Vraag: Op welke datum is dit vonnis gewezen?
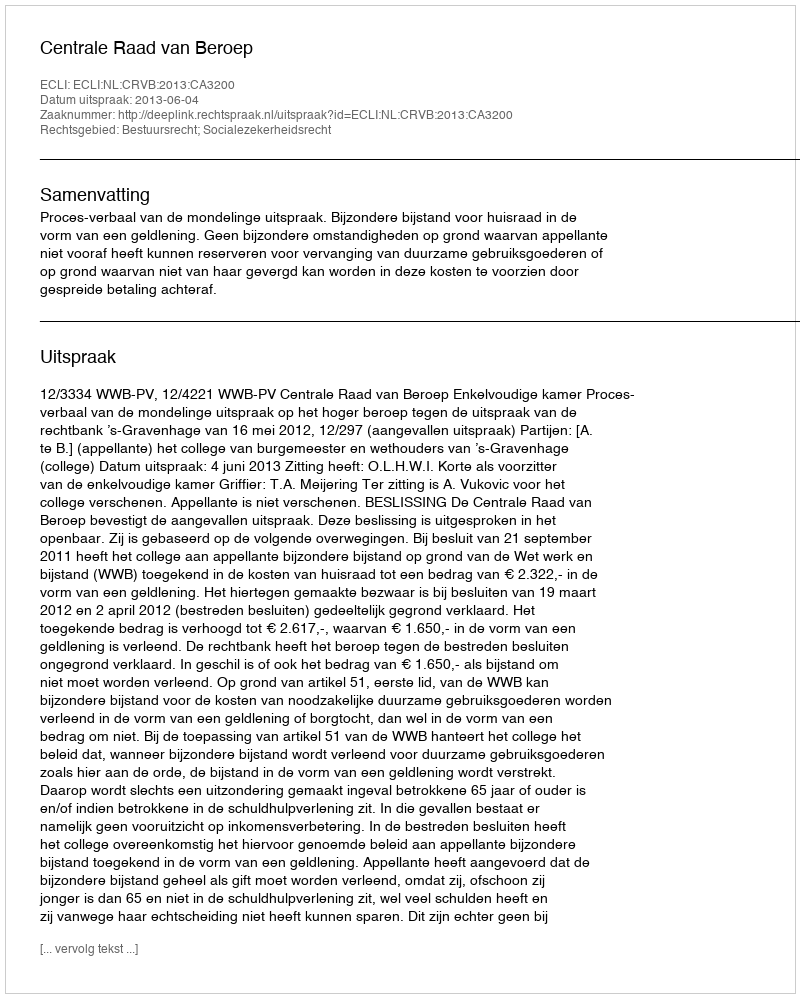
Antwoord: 2013-06-04